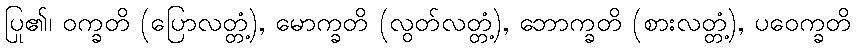
ပြု၏၊ ဝက္ခတိ (ပြောလတ္တံ့), မောက္ခတိ (လွတ်လတ္တံ့), ဘောက္ခတိ (စားလတ္တံ့), ပဝေက္ခတိ